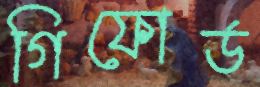
গিফোর্ড